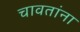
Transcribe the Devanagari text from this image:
चावतांना